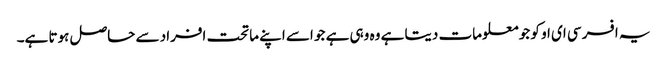
یہ افسر سی ای او کو جو معلومات دیتا ہے وہ وہی ہے جو اسے اپنے ماتحت افراد سے حاصل ہوتا ہے۔